Indian Medical Review
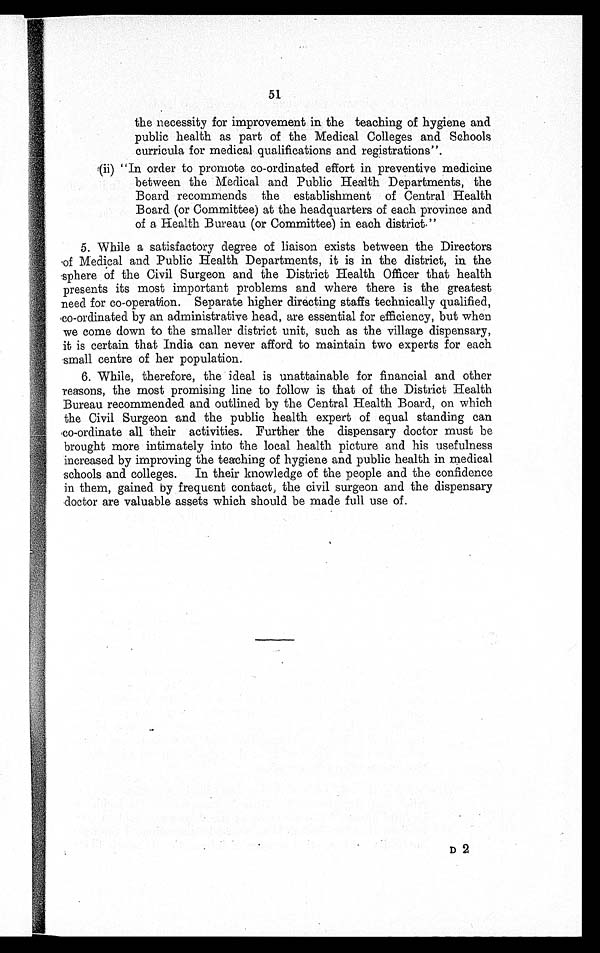
51
the necessity for improvement in the teaching of hygiene and
public health as part of the Medical Colleges and Schools
curricula for medical qualifications and registrations".
(ii) "In order to promote co-ordinated effort in preventive medicine
between the Medical and Public Health Departments, the
Board recommends the establishment of Central Health
Board (or Committee) at the headquarters of each province and
of a Health Bureau (or Committee) in each district."
5. While a satisfactory degree of liaison exists between the Directors
of Medical and Public Health Departments, it is in the district, in the
sphere of the Civil Surgeon and the District Health Officer that health
presents its most important problems and where there is the greatest
need for co-operation. Separate higher directing staffs technically qualified,
co-ordinated by an administrative head, are essential for efficiency, but when
we come down to the smaller district unit, such as the village dispensary,
it is certain that India can never afford to maintain two experts for each
small centre of her population.
6. While, therefore, the ideal is unattainable for financial and other
reasons, the most promising line to follow is that of the District Health
Bureau recommended and outlined by the Central Health Board, on which
the Civil Surgeon and the public health expert of equal standing can
co-ordinate all their activities. Further the dispensary doctor must be
brought more intimately into the local health picture and his usefulness
increased by improving the teaching of hygiene and public health in medical
schools and colleges. In their knowledge of the people and the confidence
in them, gained by frequent contact, the civil surgeon and the dispensary
doctor are valuable assets which should be made full use of.